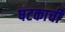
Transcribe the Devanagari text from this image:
षटकाची